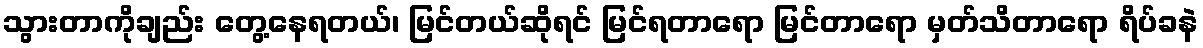
သွားတာကိုချည်း တွေ့နေရတယ်၊ မြင်တယ်ဆိုရင် မြင်ရတာရော မြင်တာရော မှတ်သိတာရော ရိပ်ခနဲ